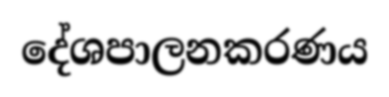
දේශපාලනකරණය